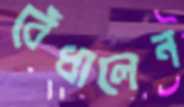
বেঁধালেন